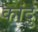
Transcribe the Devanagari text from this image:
कांदु